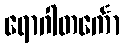
ရောဂါတင်္ကော